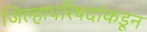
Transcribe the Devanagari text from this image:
जिल्हापरिषदांकडून